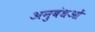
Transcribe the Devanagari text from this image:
अनुबंधओं